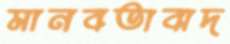
মানবতাবাদ